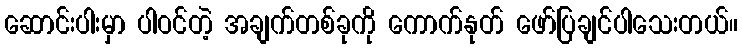
ဆောင်းပါးမှာ ပါဝင်တဲ့ အချက်တစ်ခုကို ကောက်နုတ် ဖော်ပြချင်ပါသေးတယ်။